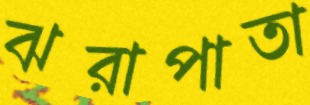
ঝরাপাতা